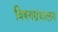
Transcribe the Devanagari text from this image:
विषयग्रंथालय